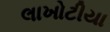
લાખોટીયા